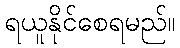
ရယူနိုင်စေရမည်။